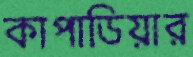
কাপাডিয়ার